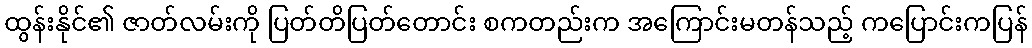
ထွန်းနိုင်၏ ဇာတ်လမ်းကို ပြတ်တိပြတ်တောင်း စကတည်းက အကြောင်းမတန်သည့် ကပြောင်းကပြန်